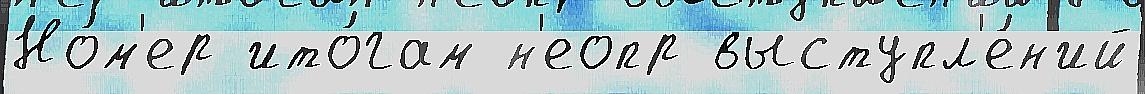
Но́м'ер ито́гам н'еопр выступл'е́н'ий